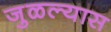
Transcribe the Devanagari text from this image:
जुळल्यास